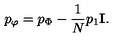
p _ { \varphi } = p _ { \Phi } - { \frac { 1 } { N } } p _ { 1 } { \bf I } .